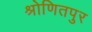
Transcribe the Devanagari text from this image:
श्रोणितपुर